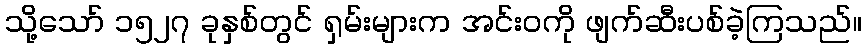
သို့သော် ၁၅၂၇ ခုနှစ်တွင် ရှမ်းများက အင်းဝကို ဖျက်ဆီးပစ်ခဲ့ကြသည်။